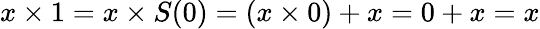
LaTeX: x\times 1=x\times S(0)=(x\times 0)+x=0+x=x